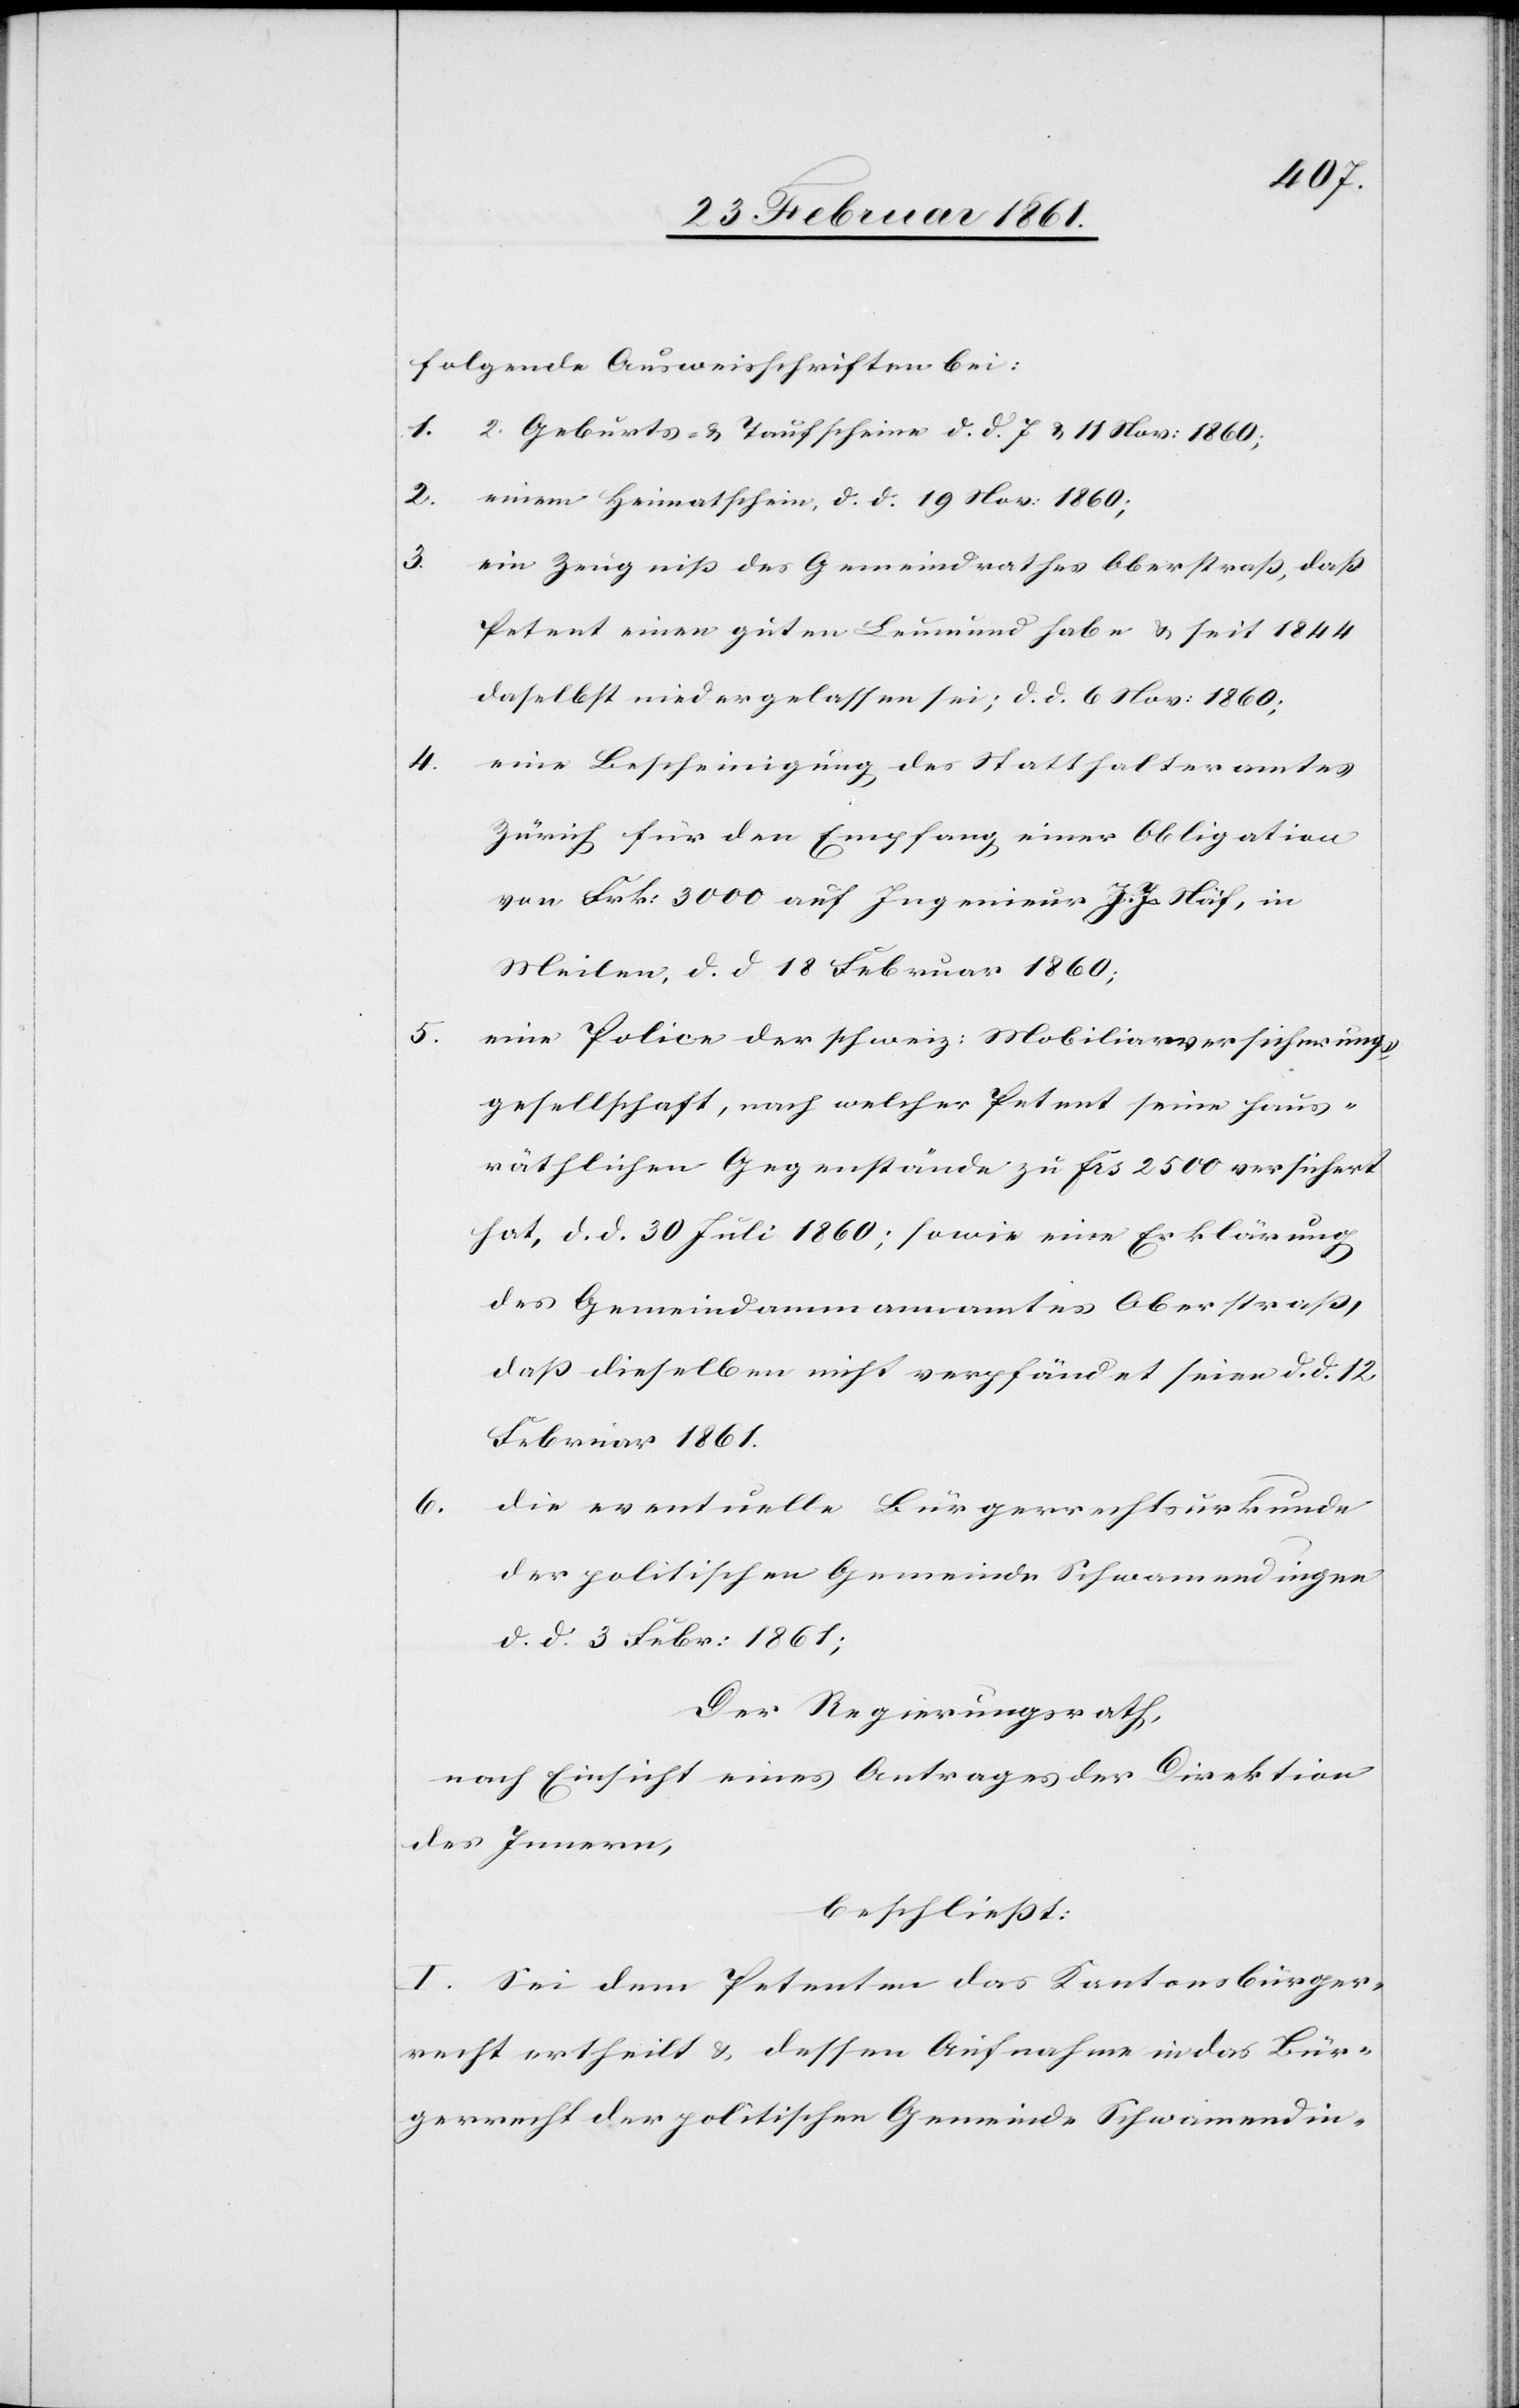
5.

folgende Ausweisschriften bei:
1. 2 Geburts- u. Taufscheine d. d. 7. u. 11. Nov. 1860;
2. einen Heimatschein, d. d. 19. Nov. 1860;
3.
ein Zeugniss des Gemeindrathes Oberstrass, dass
Petent einen guten Leumund habe u. seit 1844
daselbst niedergelassen sei; d. d. 6. Nov. 1860;
eine Bescheinigung des Statthalteramtes
Zürich für den Empfang einer Obligation
von Frk. 3000 auf Ingenieur J. J. Näf, in
Meilen, d. d. 18. Februar 1860;
eine Police der schweiz. Mobiliarversicherungs¬
gesellschaft, nach welcher Petent seine Haus¬
räthlichen Gegenstände zu frs. 2500 versichert
hat, d. d. 30. Juli 1860; sowie eine Erklärung
des Gemeindammannamtes Oberstrass,
dass dieselben nicht verpfändet seien d. d. 12.
Februar 1861.
6.
die eventuelle Bürgerrechtsurkunde
der politischen Gemeinde Schwamendingen
d. d. 3. Febr. 1861;
Der Regierungsrath,
nach Einsicht eines Antrages der Direktion
des Innern,
beschliesst:
I. Sei dem Petenten das Kantonsbürger¬
recht ertheilt u. dessen Aufnahme in das Bür¬
gerrecht der politischen Gemeinde Schwamendin-